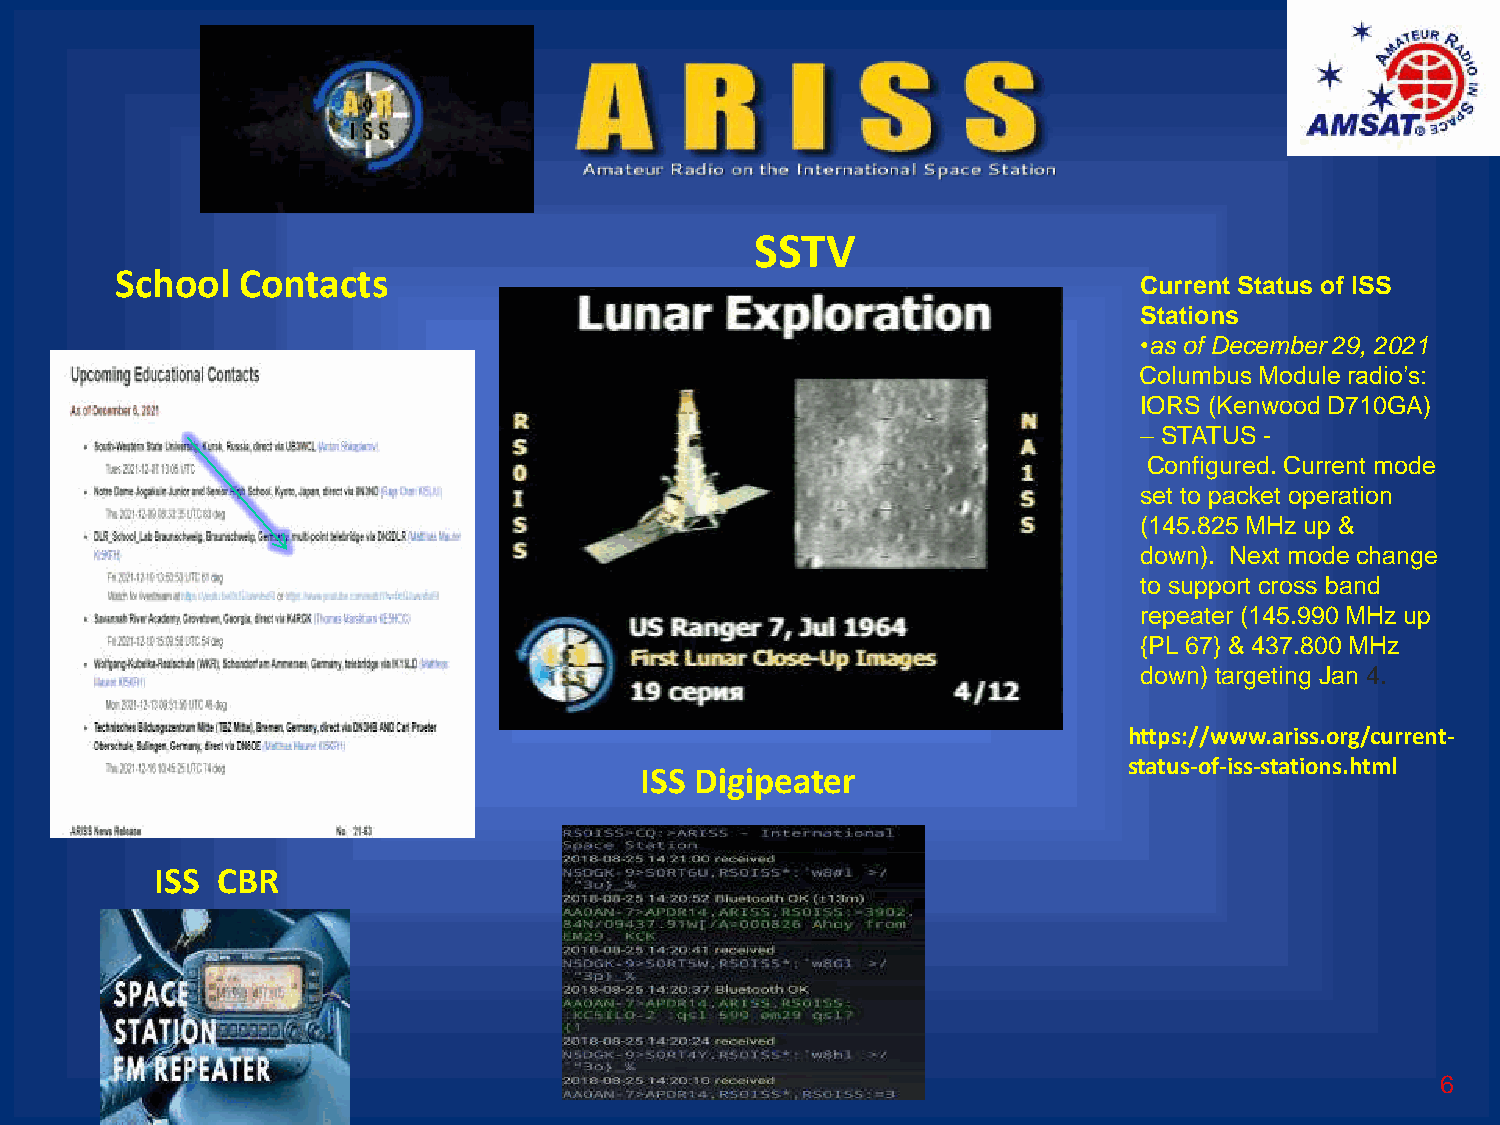
SSTV
 School  Contacts
 Current Status of ISS
 Stations
 •as of December 29, 2021
 ​Columbus Module radio’s:
 IORS (Kenwood D710GA)
 – STATUS -
 Configured. Current mode
 set to packet operation
 (145.825 MHz up &
 down). Next mode change
 to support cross band
 repeater (145.990 MHz up
 {PL 67} & 437.800 MHz
 down) targeting Jan 4.
 https://www.ariss.org/current-
 status-of-iss-stations.html
 ISS Digipeater
 ISS CBR
 6